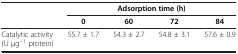
<table><thead><tr><td rowspan="2"><b> </b></td><td colspan="4"><b>Adsorption time (h)</b></td></tr><tr><td><b>0</b></td><td><b>60</b></td><td><b>72</b></td><td><b>84</b></td></tr></thead><tbody><tr><td>Catalytic activity (U μg<sup>−1</sup> protein)</td><td>55.7 ± 1.7</td><td>54.3 ± 2.7</td><td>54.8 ± 3.1</td><td>57.6 ± 0.9</td></tr></tbody></table>